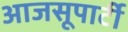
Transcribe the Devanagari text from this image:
आजसूपार्टी